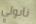
نابولي